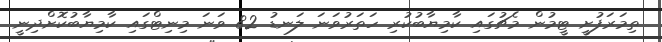
ތިމަރަފުށީ ޓީމުން މެޗުގައި ކާމިޔާބުކުރި ހަތަރުވަނަ ލަނޑު 82 ވަނަ މިނިޓްގައި ކާމިޔާބުކޮށްދިނީ